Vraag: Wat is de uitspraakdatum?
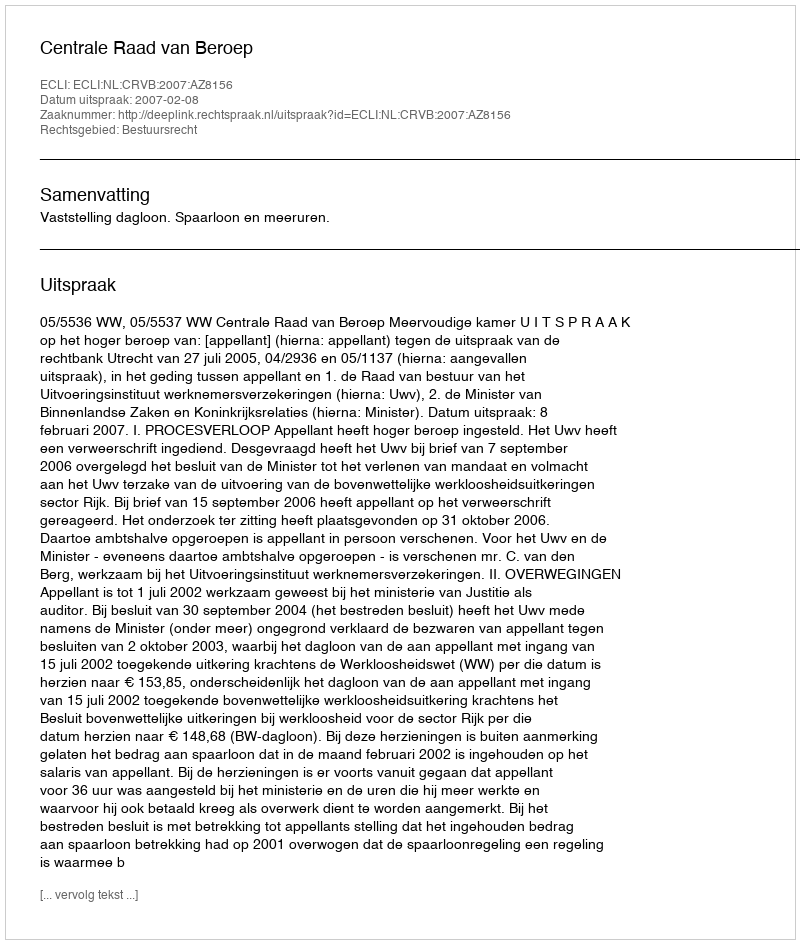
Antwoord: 2007-02-08